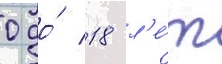
0 до́ 18 л'е́т